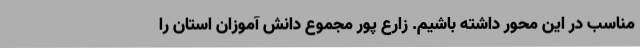
مناسب در این محور داشته باشیم. زارع پور مجموع دانش آموزان استان را